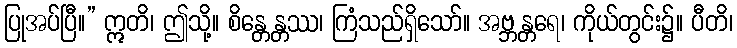
ပြုအပ်ပြီ။” ဣတိ၊ ဤသို့။ စိန္တေန္တဿ၊ ကြံသည်ရှိသော်။ အဗ္ဘန္တရေ၊ ကိုယ်တွင်း၌။ ပီတိ၊